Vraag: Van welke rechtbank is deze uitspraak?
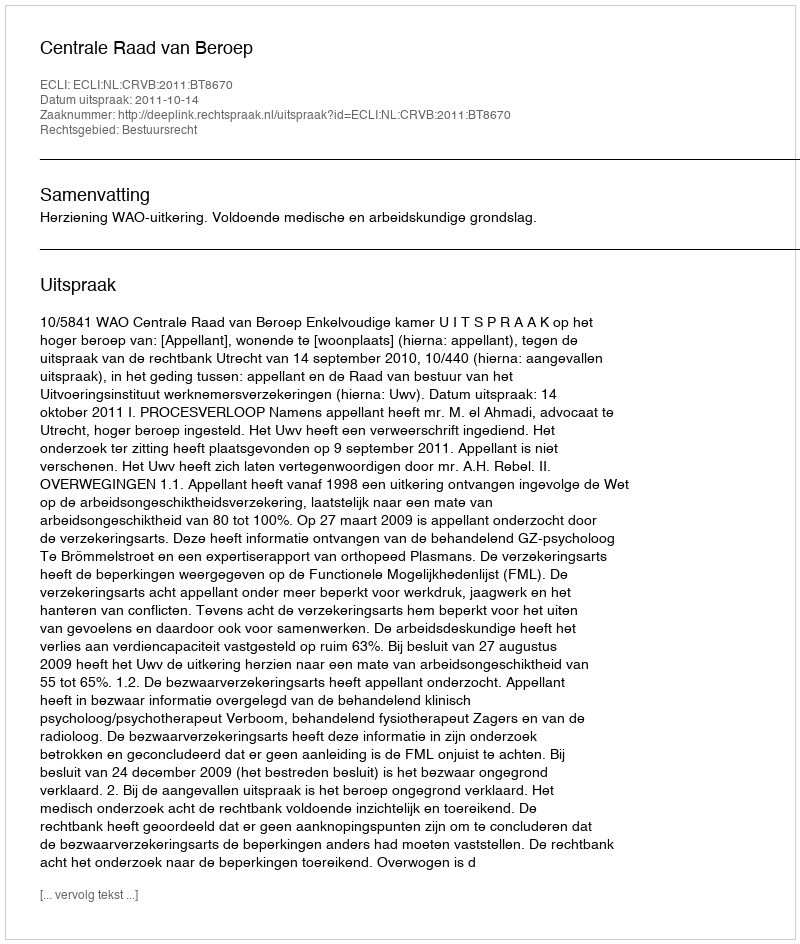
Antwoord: Centrale Raad van Beroep